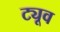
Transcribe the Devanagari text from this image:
ट्यूव